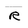
Character: R